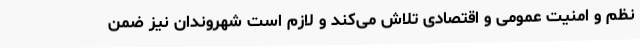
نظم و امنیت عمومی و اقتصادی تلاش می‌کند و لازم است شهروندان نیز ضمن